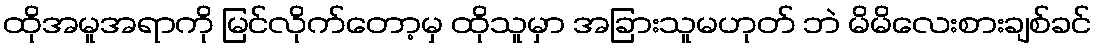
ထိုအမူအရာကို မြင်လိုက်တော့မှ ထိုသူမှာ အခြားသူမဟုတ် ဘဲ မိမိလေးစားချစ်ခင်